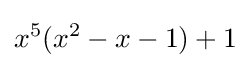
x^{5}(x^{2}-x-1)+1